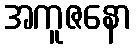
အကူဇနော